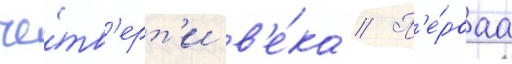
че́тв'ерт'и в'е́ка // П'е́рваа